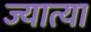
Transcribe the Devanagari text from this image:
ज्यात्या